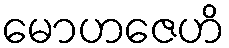
မောဟဇေဟိ